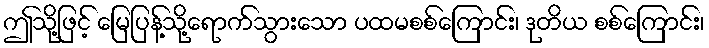
ဤသို့ဖြင့် မြေပြန့်သို့ရောက်သွားသော ပထမစစ်ကြောင်း၊ ဒုတိယ စစ်ကြောင်း၊